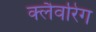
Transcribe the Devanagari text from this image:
क्लैवरिंग